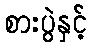
စားပွဲနှင့်